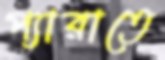
প্যারাতে